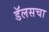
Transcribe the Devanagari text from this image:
डॅलसचा